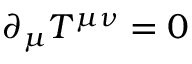
\partial _ { \mu } T ^ { \mu \nu } = 0